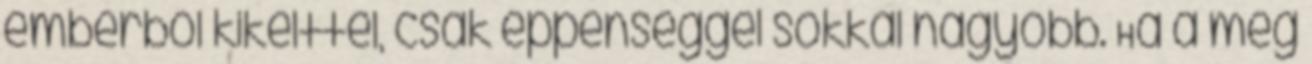
emberből kikelttel, csak éppenséggel sokkal nagyobb. Ha a még